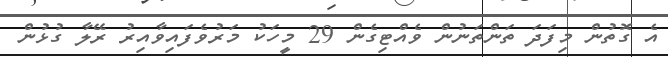
އެ ގޮތުން މިފަދަ ތަންތަނުން ވެއްޓިގެން 29 މީހަކު މަރުވެފައިވާއިރު ރޭލާ ގުޅުން